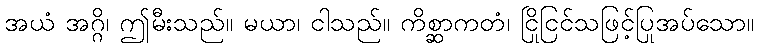
အယံ အဂ္ဂိ၊ ဤမီးသည်။ မယာ၊ ငါသည်။ ကိစ္ဆာကတံ၊ ငြိုငြင်သဖြင့်ပြုအပ်သော။